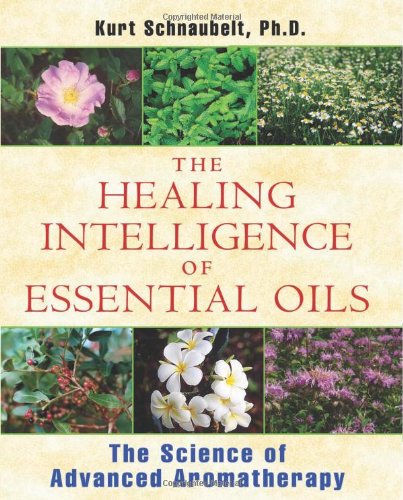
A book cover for The Healing Intelligence of Essential Oils: The Science of Advanced Aromatherapy; Kurt Schnaubelt Ph.D.; Health, Fitness & Dieting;